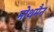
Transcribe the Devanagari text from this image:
मोथमैन